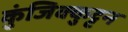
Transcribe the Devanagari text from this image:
कुंजिक्कुट्टन